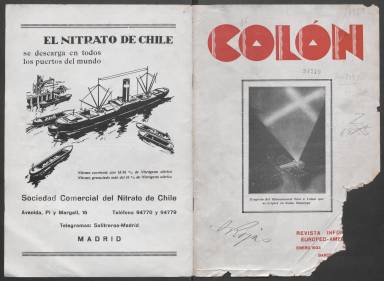
Título: Colón (Barcelona)
Colección: Revistas de información general
Ámbito geográfico: Barcelona
Lugar de publicación: Barcelona
Fechas: 28/01/1933-28/12/1933